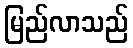
မြည်လာသည်